画像に写った文字を読んでください
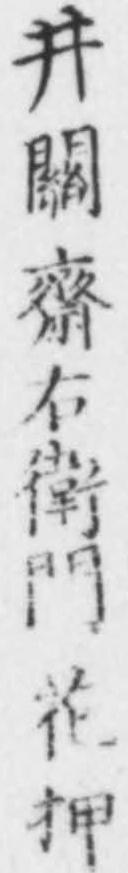
「井關齋右衛門花押」と書いてあります